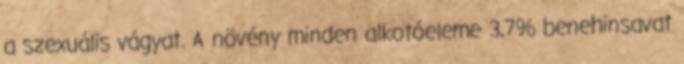
a szexuális vágyat. A növény minden alkotóeleme 3,7% benehinsavat